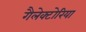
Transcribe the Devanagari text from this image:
गैलेक्टोरिया